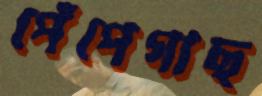
পেঁপেগাছ